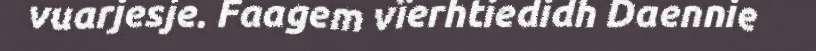
vuarjesje. Faagem vïerhtiedidh Daennie